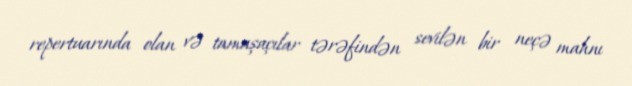
repertuarında olan və tamaşaçılar tərəfindən sevilən bir neçə mahnı